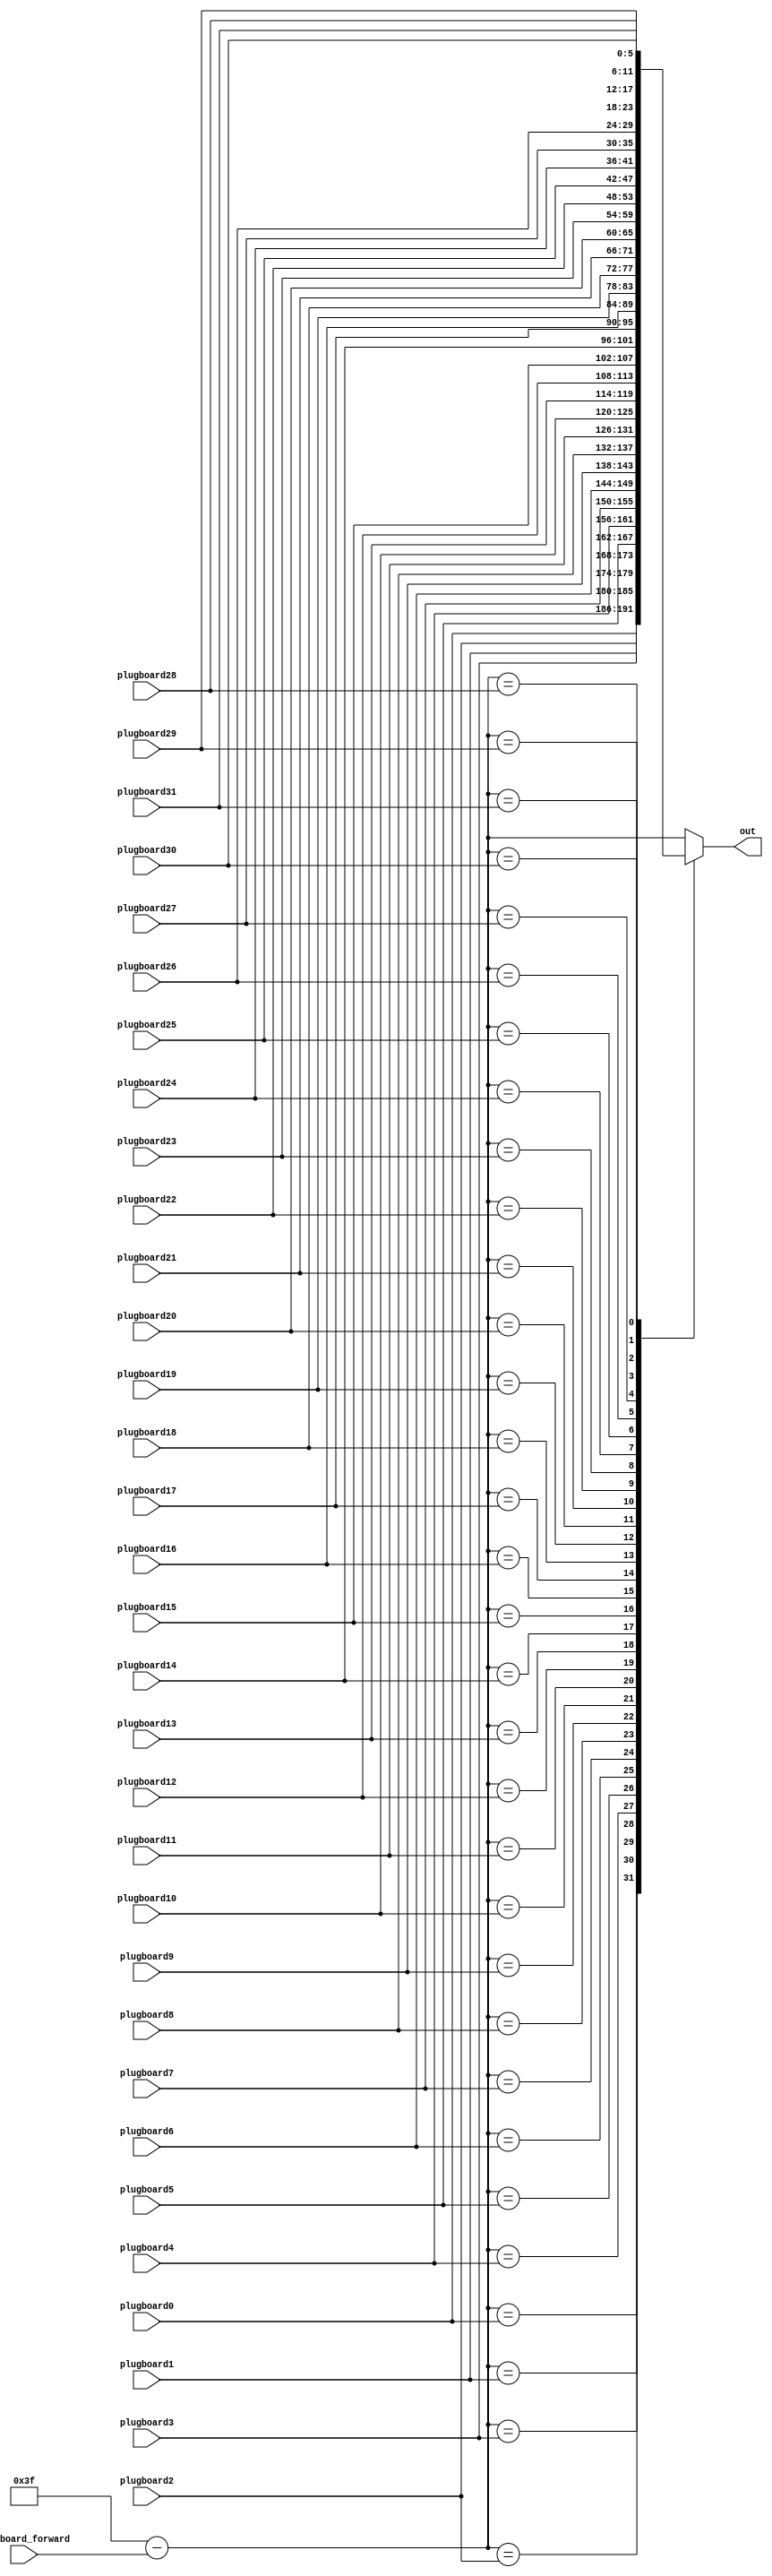
module plugboard_backward(
    input [5:0] plugboard_forward,
    input [5:0] plugboard0,
    input [5:0] plugboard1,
    input [5:0] plugboard2,
    input [5:0] plugboard3,
    input [5:0] plugboard4,
    input [5:0] plugboard5,
    input [5:0] plugboard6,
    input [5:0] plugboard7,
    input [5:0] plugboard8,
    input [5:0] plugboard9,
    input [5:0] plugboard10,
    input [5:0] plugboard11,
    input [5:0] plugboard12,
    input [5:0] plugboard13,
    input [5:0] plugboard14,
    input [5:0] plugboard15,
    input [5:0] plugboard16,
    input [5:0] plugboard17,
    input [5:0] plugboard18,
    input [5:0] plugboard19,
    input [5:0] plugboard20,
    input [5:0] plugboard21,
    input [5:0] plugboard22,
    input [5:0] plugboard23,
    input [5:0] plugboard24,
    input [5:0] plugboard25,
    input [5:0] plugboard26,
    input [5:0] plugboard27,
    input [5:0] plugboard28,
    input [5:0] plugboard29,
    input [5:0] plugboard30,
    input [5:0] plugboard31,
    output reg [5:0] out
);

reg [5:0] reflector;

always @(*) reflector = 6'd63-plugboard_forward;

always @(*) begin 
    case(reflector) // synopsys parallel_case
    plugboard0:  out = plugboard1;
	plugboard1:  out = plugboard0;
	plugboard2:  out = plugboard3;
	plugboard3:  out = plugboard2;
	plugboard4:  out = plugboard5;
	plugboard5:  out = plugboard4;
	plugboard6:  out = plugboard7;
	plugboard7:  out = plugboard6;
	plugboard8:  out = plugboard9;
	plugboard9:  out = plugboard8;
	plugboard10: out = plugboard11;
	plugboard11: out = plugboard10;
	plugboard12: out = plugboard13;
	plugboard13: out = plugboard12;
	plugboard14: out = plugboard15;
	plugboard15: out = plugboard14;
	plugboard16: out = plugboard17;
	plugboard17: out = plugboard16;
	plugboard18: out = plugboard19;
	plugboard19: out = plugboard18;
	plugboard20: out = plugboard21;
	plugboard21: out = plugboard20;
	plugboard22: out = plugboard23;
	plugboard23: out = plugboard22;
	plugboard24: out = plugboard25;
	plugboard25: out = plugboard24;
	plugboard26: out = plugboard27;
	plugboard27: out = plugboard26;
	plugboard28: out = plugboard29;
	plugboard29: out = plugboard28;
	plugboard30: out = plugboard31;
	plugboard31: out = plugboard30;
	default : out = reflector;
    endcase
end

endmodule